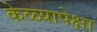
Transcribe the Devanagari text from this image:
केळ्यापेक्षा